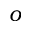
o